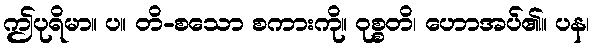
ဤပုရိမာ။ ပ။ တိ-စသော စကားကို။ ဝုစ္စတိ၊ ဟောအပ်၏။ ပန၊